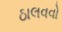
ઠાલવવો